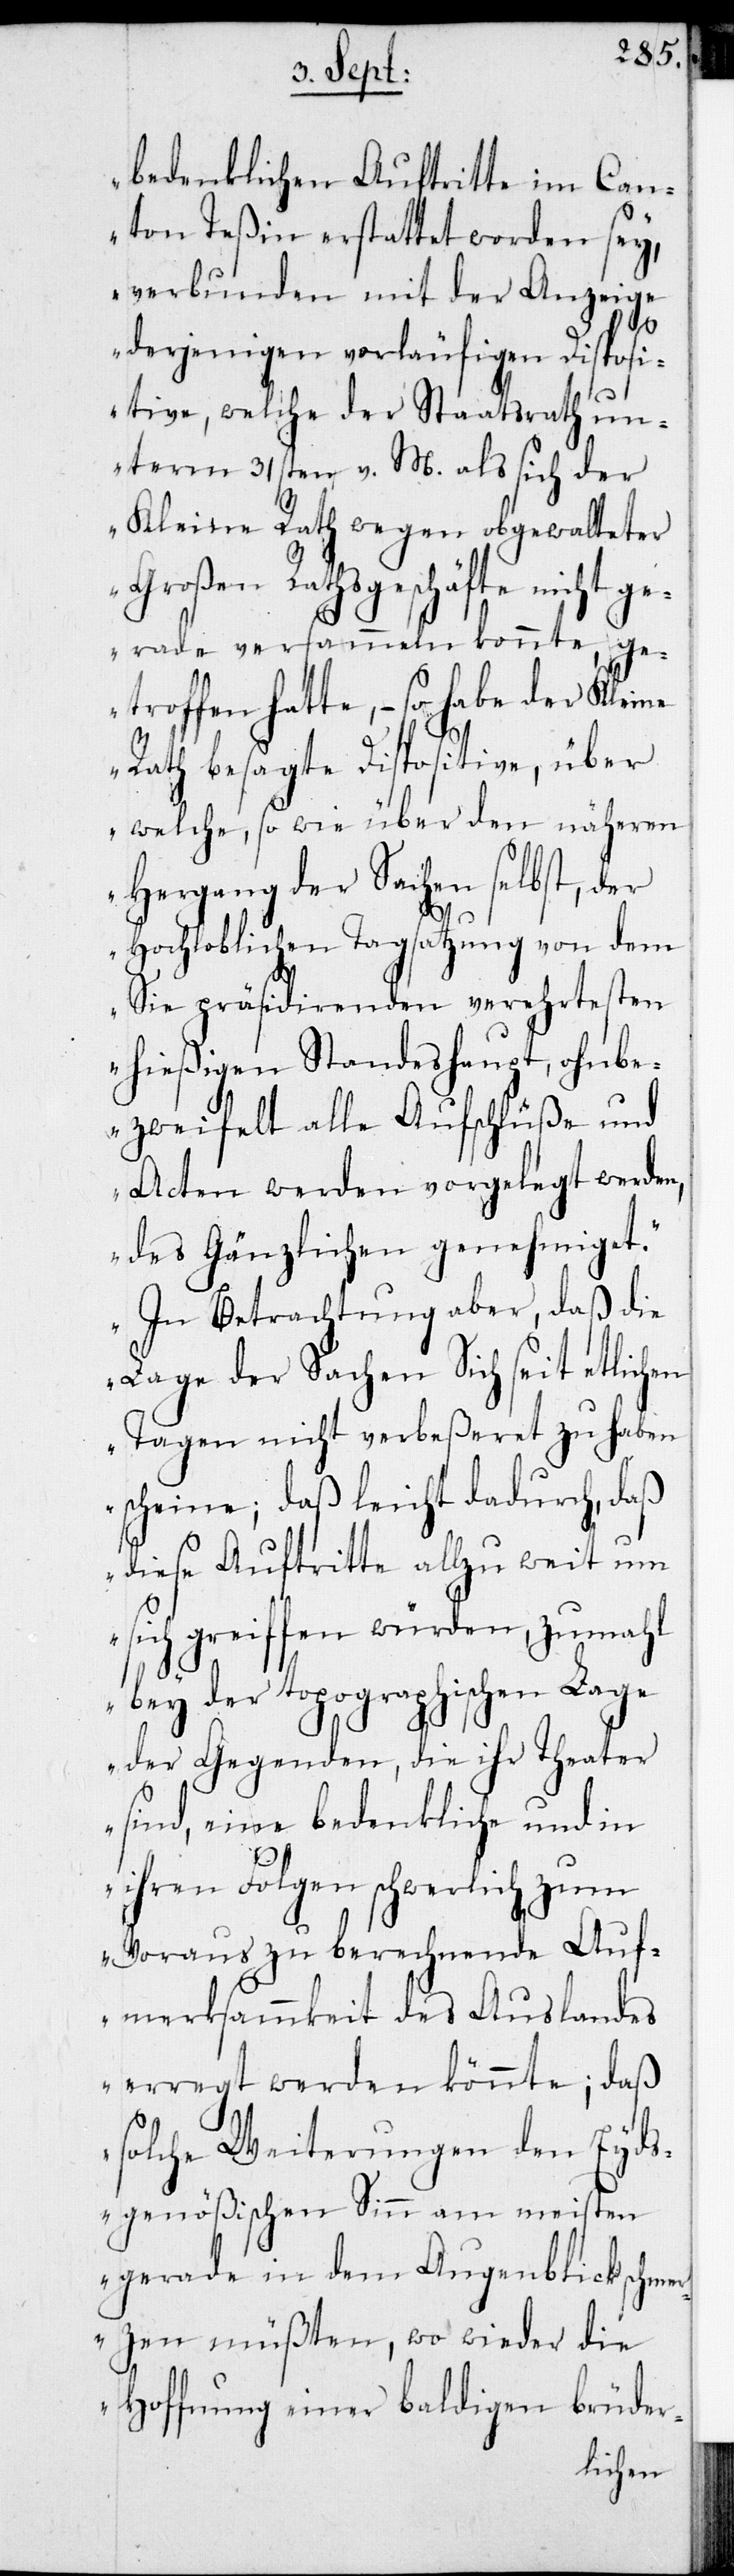
bedenklichen Auftritte im Can¬
ton Teßin erstattet worden sey,
verbunden mit der Anzeige
derjenigen vorläufigen Disposi¬
tive, welche der Staatsrath un¬
term 31sten v. M. als sich der
Kleine Rath wegen obgewalteter
Großen Rathsgeschäfte nicht ge¬
rade versammeln konnte, ge¬
troffen hatte, – so habe der Kleine
Rath besagte Dispositive, über
welche, so wie über den näheren
Hergang der Sachen selbst, der
Hochloblichen Tagsatzung von dem
Sie präsidierenden verehrtesten
hießigen Standeshaupt, ohnbe¬
zweifelt alle Aufschlüße und
Acten werden vorgelegt werden,
des Gänzlichen genehmiget.
In Betrachtung aber, daß die
Lage der Sachen sich seit etlichen
Tagen nicht verbeßeret zu haben
scheine; daß leicht dadurch, daß
diese Auftritte allzuweit um
sich greiffen würden, zumahl
bey der topographischen Lag¬
e der Gegenden, die ihr Theater
sind, eine bedenkliche und in
ihren Folgen schwerlich zum
Voraus zu berechnende Auf¬
merksammkeit des Auslandes
erregt werden könnte; daß
solche Weiterungen den Eyds¬
genößischen Sinn am meisten
gerade in dem Augenblick schme¬
rzen müßten, wo wieder die
Hoffnung einer baldigen brüder-